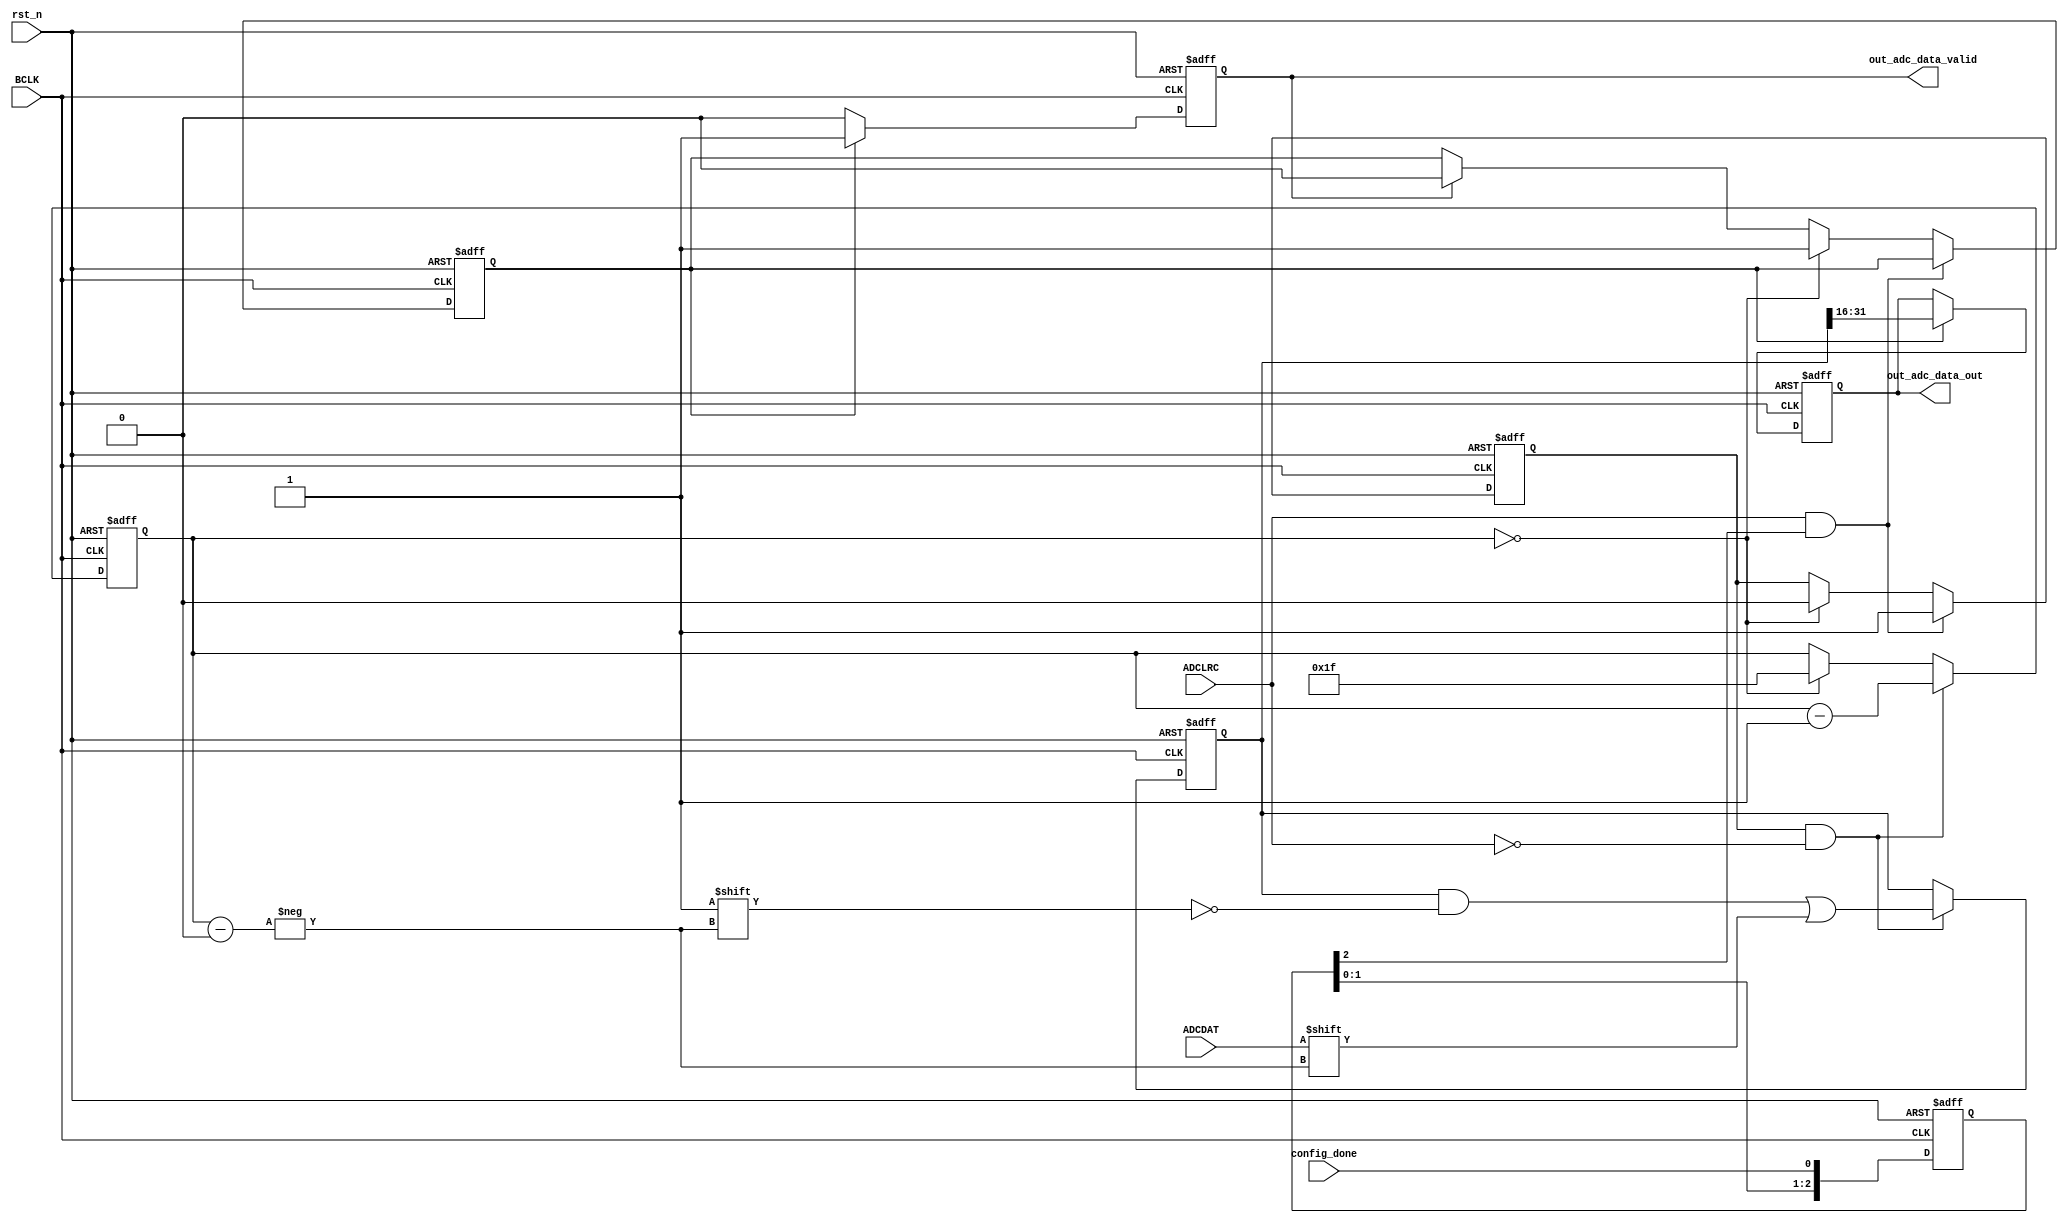
`timescale 1ns / 1ps
//////////////////////////////////////////////////////////////////////////////////
// Company: 
// Engineer: 
// 
// Design Name: 
// Module Name: ADC_read
// Project Name: 
// Target Devices: 
// Tool Versions: 
// Description: 
// 
// Dependencies: 
// 
// Revision:
// Revision 0.01 - File Created
// Additional Comments:
// 
//////////////////////////////////////////////////////////////////////////////////


module ADC_read(
    input ADCLRC,
    input BCLK,
    input ADCDAT,
    input config_done,
    input rst_n,

    output wire [15:0] out_adc_data_out,
    output wire out_adc_data_valid

    );
    
    
    reg [2:0] config_done_d;
    always @ (posedge BCLK or negedge rst_n)
        if (!rst_n)
        begin
            config_done_d <= 3'b0;// 
        end
        else
        begin
            config_done_d <= {config_done_d[1:0], config_done};
        end
    /////////////////////////read_adc_dspmode///////////////////////////////////////////
    reg [4:0]  num;
    reg        rd_state;
	reg        rd_end;
	reg        rd_end_flag;
	
    always@(posedge BCLK or negedge rst_n)
	begin
	   if(!rst_n)
	   begin
          rd_state <= 1'b0;
          rd_end <= 1'b0;
	   end
	   else if(ADCLRC == 1 && config_done_d[2] == 1'b1)
	   begin
	       rd_state <= 1;
	   end
	   else if (num == 0)
	   begin
	       rd_state <= 0;
	       rd_end <= 1;
	   end
	   else if(rd_end_flag == 1)
	   begin
	       rd_end <= 0;
	   end
	end
	
	always @(negedge BCLK or negedge rst_n)
    begin
        if (!rst_n)
        begin
            num <= 5'd31;
        end
        else if(rd_state == 1 && ADCLRC != 1)
        begin
            num <= num - 1;
        end
        else if(num == 0)
        begin
            num <= 5'd31;
        end
    end
	
	reg [31:0]data;
	always@(posedge BCLK or negedge rst_n)
		begin
			if(!rst_n)
				begin
				    data <= 32'b0;
				end
			else if(rd_state == 1 && ADCLRC != 1)
				begin
					data[ num ] <= ADCDAT;
                end
            else
            begin
                data <= data;
            end
		end
	
	reg [15:0] out_adc_data;
	assign out_adc_data_out = out_adc_data;
	assign out_adc_data_valid = rd_end_flag;
	always @(negedge BCLK or negedge rst_n)
    begin
        if (!rst_n)
        begin
            out_adc_data <= 16'b0;
            rd_end_flag <= 0;
        end
        else if (rd_end == 1)
        begin
            out_adc_data <= data[31:16];
            rd_end_flag <= 1;
        end
        else
        begin
            rd_end_flag <= 0;
        end
    end 
endmodule